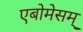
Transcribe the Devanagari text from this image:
एबोमेसम्